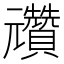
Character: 𠓕